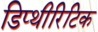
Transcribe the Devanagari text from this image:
डिप्थीरिटिक